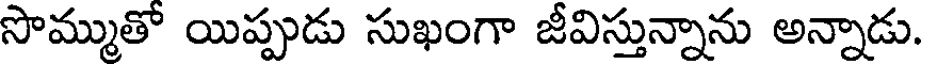
సొమ్ముతో యిప్పుడు సుఖంగా జీవిస్తున్నాను అన్నాడు.